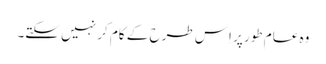
وہ عام طور پر اِس طرح کے کام کر نہیں سکتے۔